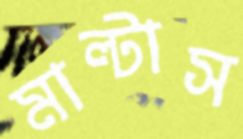
মাল্টাস